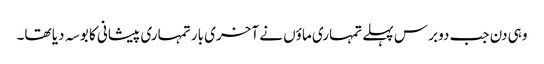
وہی دن جب دو برس پہلے تمہاری ماؤں نے آخری بار تمہاری پیشانی کا بوسہ دیا تھا۔